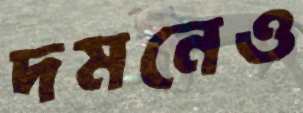
দমনেও